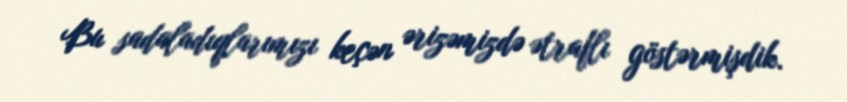
Bu sadaladıqlarımızı keçən ərizəmizdə ətraflı göstərmişdik.